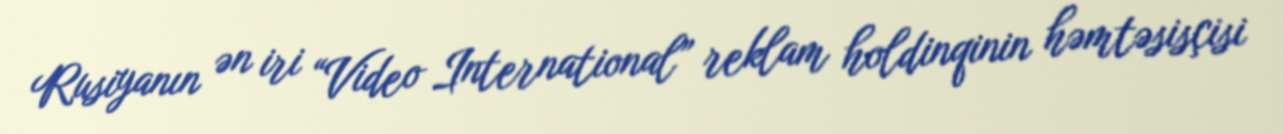
Rusiyanın ən iri “Video International” reklam holdinqinin həmtəsisçisi